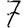
Digit: 7